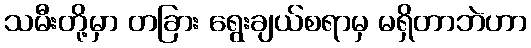
သမီးတို့မှာ တခြား ရွေးချယ်စရာမှ မရှိတာဘဲဟာ